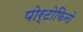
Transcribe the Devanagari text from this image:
पोर्टोफिनो